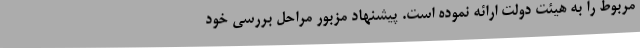
مربوط را به هیئت دولت ارائه نموده است. پیشنهاد مزبور مراحل بررسی خود